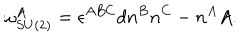
LaTeX: \omega _ { S U ( 2 ) } ^ { A } = \epsilon ^ { A B C } d n ^ { B } n ^ { C } - n ^ { A } A .